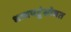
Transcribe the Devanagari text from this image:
धावपटूंसोबत